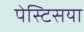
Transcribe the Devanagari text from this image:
पेस्टिसया